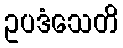
ဥပဒံသေတိ